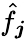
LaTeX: \hat{f}_{\boldsymbol j}